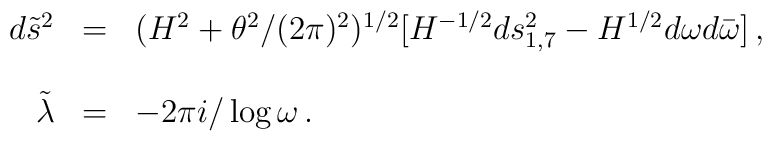
\begin{array}{rcl}d{\tilde s}^2 &=& (H^2+\theta^2/(2\pi)^2)^{1/2}[H^{-1/2}ds_{1,7}^2-H^{1/2}d\omega d{\bar \omega}] \, ,\\& &\\{\tilde \lambda} &=& -2\pi i / \log{\omega} \, .\\\end{array}